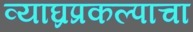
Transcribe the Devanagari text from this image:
व्याघ्रप्रकल्पाचा